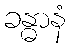
ခန္ဓာနံ